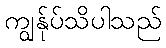
ကျွန်ုပ်သိပါသည်